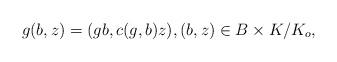
LaTeX: \begin{align*}g(b,z) = (gb,c(g,b)z), (b,z) \in B \times K/K_o,\end{align*}